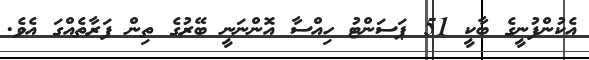
އެކުންފުނީގެ ބާކީ 51 ޕަސަންޓު ހިއްސާ އޮންނަނީ ބޭރުގެ ތިން ފަރާތެއްގަ އެވެ.